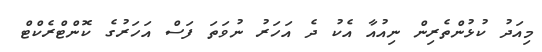
މިއަދު ކުޅުންތެރިން ނިއުއާ އެކު ދެ އަހަރު ނުވަތަ ފަސް އަހަރުގެ ކޮންޓްރެކްޓް